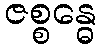
ဇစ္စန္ဓေ